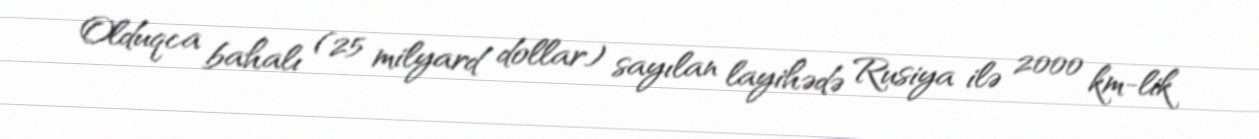
Olduqca bahalı (25 milyard dollar) sayılan layihədə Rusiya ilə 2000 km-lik